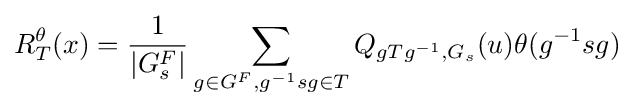
R_{T}^{\theta }(x)={1 \over |G_{s}^{F}|}\sum _{g\in G^{F},g^{-1}sg\in T}Q_{gTg^{-1},G_{s}}(u)\theta (g^{-1}sg)